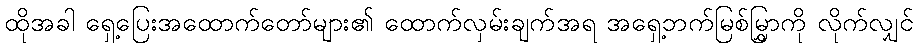
ထိုအခါ ရှေ့ပြေးအထောက်တော်များ၏ ထောက်လှမ်းချက်အရ အရှေ့ဘက်မြစ်မြွှာကို လိုက်လျှင်